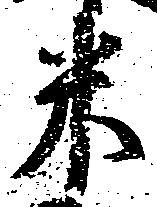
米